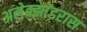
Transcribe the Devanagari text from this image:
अलेक्झांडरास